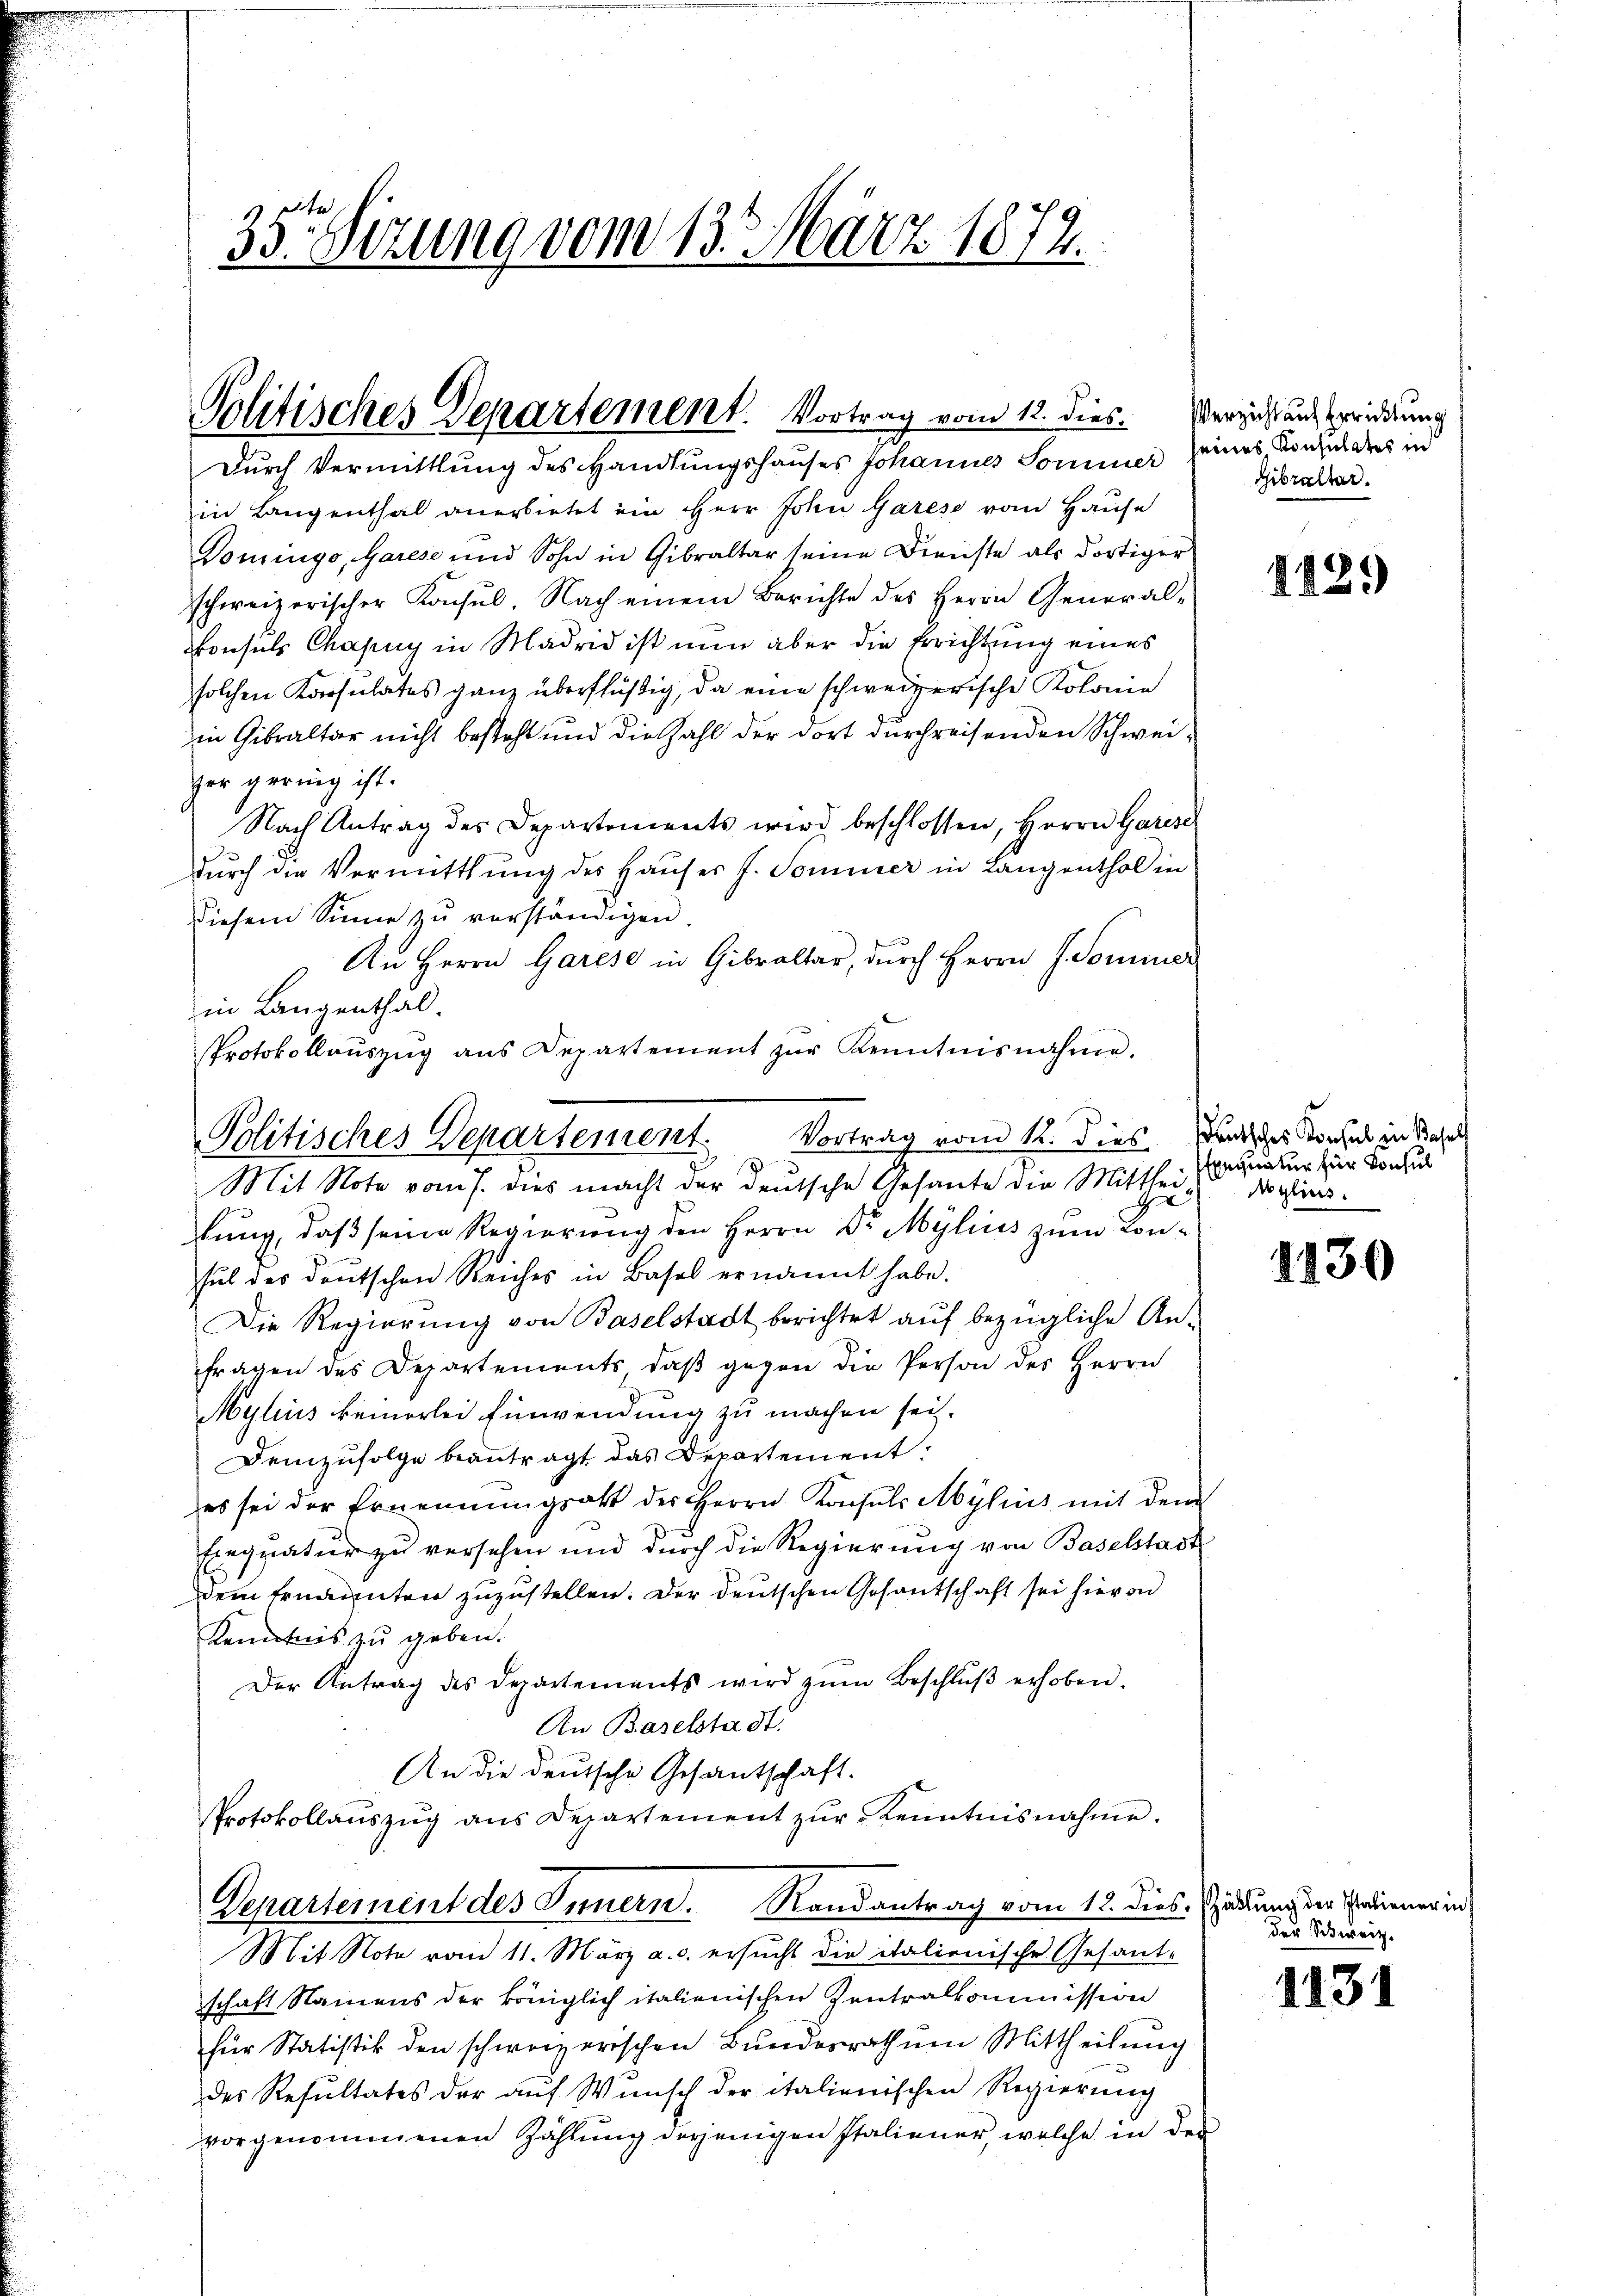
35te Sitzung vom 13. März 1872.

Politisches Departement. Vortrag vom 12. dies. Verzichtung errierung

Durch Vermittlung des Handlungshauses Johannes Sommer seines, Konsul des in
in Langenthal anerbietet ein Herr John Garese vom Hause
Domingo, Garese und Sohn in Gibraltar seine Dienste als dortiger
schweizerischer Konsŭl. Nach einem Berichte des Herrn General-
onsuls Chapuy in Madrid ist nun aber die Errichtung eines
solchen Karsulates ganz überflüßig, da eine schweizerische Kolonie
in Gibraltar nicht besteht und die Zahl der dort durchreisenden Schweiger gering ist.
Nach Antrag des Departements wird beschlossen, Herrn Garese
dŭrch die Vermitthŭng des Haŭses J. Sommer in Langenthal in
diesem Sinne zu verständigen.
An Herrn Garese in Gibraltar, durch Herrn J. Sommer
in Langenthal.
Protokollaŭszŭg ans Departement zŭr Kenntnisnahme.
Mit Note vom 7. dies macht der deutsche Gesante die Mitthei quatur zur Konsul
kung, daß seine Regierung den Herrn Dr. Mylius zum Lousul des deutschen Reiches in Basel ernannt habe.
Die Regierung von Baselstadt berichtet auf bezügliche An-
fragen des Departements, daβ gegen die Person des Herrn
Mylius keinerlei Einwendung zu machen sei.
Demzufolge beantragt das Departement:
es sei der Ernennungsakt des Herrn Konsuls Mylius mit dem
Einquatur zu versehen und durch die Regierung von Baselstadt
dem Ernannten zuzustellen. Der deutschen Gesantschaft sei hievon
Kenntnis zu geben.
Der Antrag des Departements wird zŭm Beschlŭβ erhoben.
An Baselstadt.
An die deutsche Gesantschaft.
Protokollaŭszŭg ans Departement zŭr Kenntnisnahme.
Departement des Innern. Randantrag vom 18. dies. Sedung der Erdiener in
Mit Note vom 11. März a. c. ersucht die italienische Gesant-
schaft Namens der königlich italienischen Zentralkommission
für Statistik den schweizerischen Bundesrath um Mittheilung
des Resultates der auf Wunsch der italienischen Regierung
vorgenommenen Zählŭng derjenigen Italiener, welche in der

Politisches Departement. Vortrag vom 12. dies andes Konsul in Stahel

Gibralter.

1439

Aglius.

1130

der Schweiz.

1131